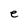
Character: e